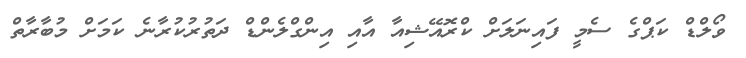
ވޯލްޑް ކަޕްގެ ސެމީ ފައިނަލަށް ކްރޮއޭޝިއާ އާއި އިންގްލެންޑް ދަތުރުކުރާނެ ކަމަށް މުބާރާތް